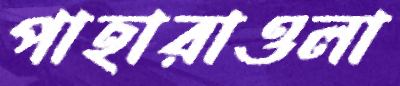
পাহারাওলা